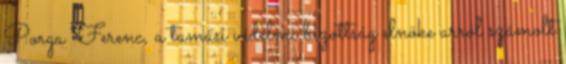
Porga Ferenc, a tamási védelmi bizottság elnöke arról számolt